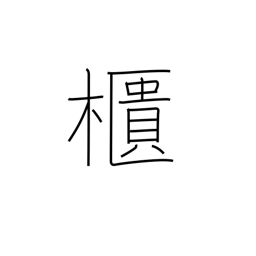
Meaning: chest